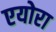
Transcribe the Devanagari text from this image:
एयोरा